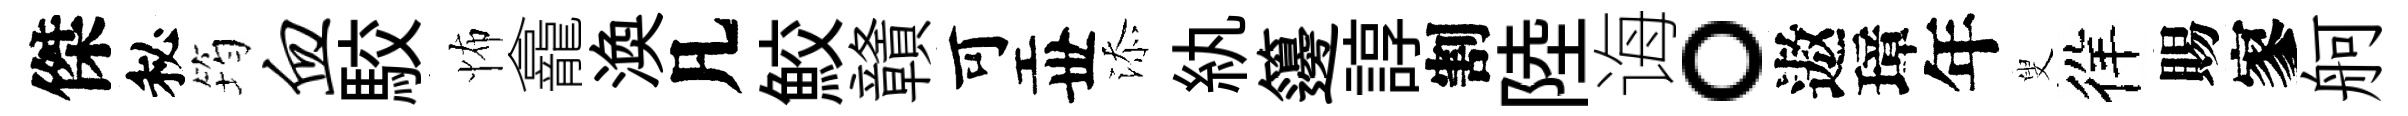
傑秘筠血駮怖龕渙凡鮫贛可丗添紈籩諄割陸诲。遨璋年叟徉賜寥舸